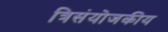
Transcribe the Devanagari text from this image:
त्रिसंयोजकीय